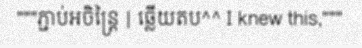
"""ភ្ជាប់អចិន្ត្រៃ | ឆ្លើយតប^^ I knew this,"""